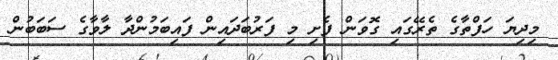
މިދިޔަ ހަފްތާގެ ތެރޭގައި ގޮވަން ފެށި މި ފަރުބަދައިން ފައިބަމުންދާ ލާވާގެ ސަބަބުން